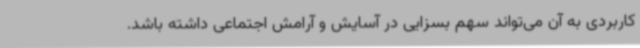
کاربردی به آن می‌تواند سهم بسزایی در آسایش و آرامش اجتماعی داشته باشد.